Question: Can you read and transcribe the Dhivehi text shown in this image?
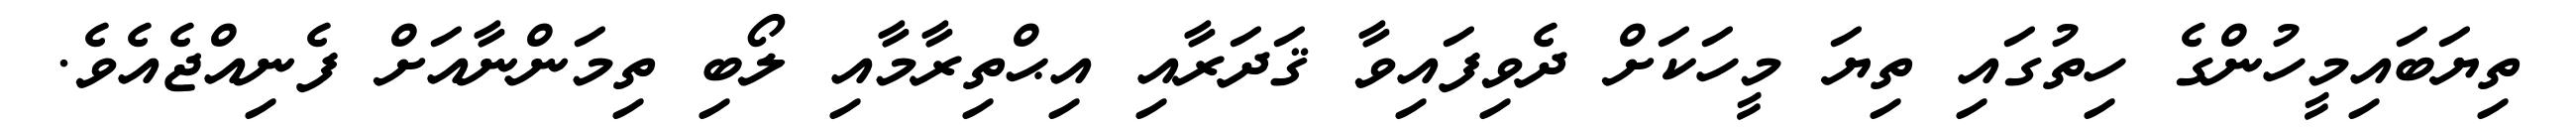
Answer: ތިޔަބައިމީހުންގެ ހިތުގައި ތިޔަ މީހަކަށް ދެވިފައިވާ ޤަދަރާއި އިޙްތިރާމާއި ލޯބި ތިމަންނާއަށް ފެނިއްޖެއެވެ.